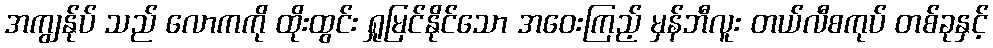
အကျွန်ုပ် သည် လောကကို ထိုးထွင်း ရှုမြင်နိုင်သော အဝေးကြည့် မှန်ဘီလူး တယ်လီစကုပ် တစ်ခုနှင့်